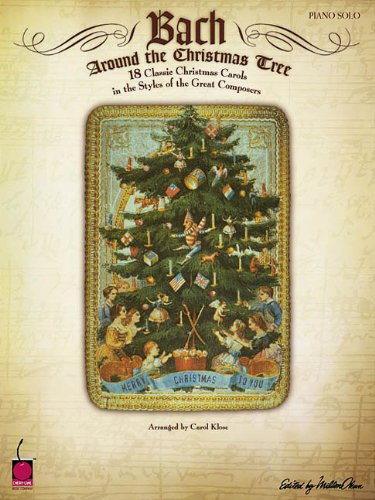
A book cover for Bach Around the Christmas Tree Piano Solo 18 Classic Christmas Carols; Carol Klose; Humor & Entertainment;